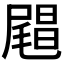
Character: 𰎅